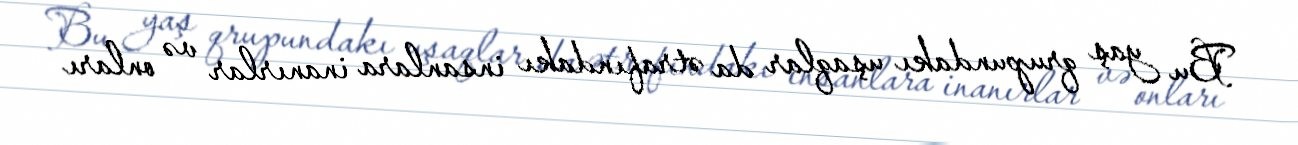
Bu yaş qrupundakı uşaqlar da ətrafındakı insanlara inanırlar və onları